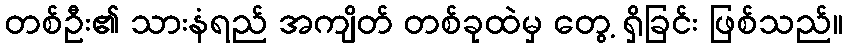
တစ်ဦး၏ သားနံရည် အကျိတ် တစ်ခုထဲမှ တွေ့ ရှိခြင်း ဖြစ်သည်။